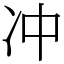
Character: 冲